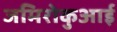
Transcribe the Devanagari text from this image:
जमिरोकुआई